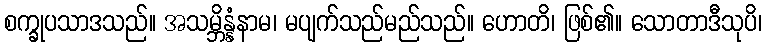
စက္ခုပသာဒသည်။ အသမ္ဘိန္နံနာမ၊ မပျက်သည်မည်သည်။ ဟောတိ၊ ဖြစ်၏။ သောတာဒီသုပိ၊